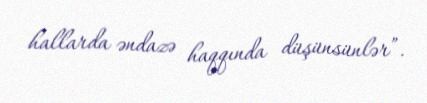
hallarda əndazə haqqında düşünsünlər”.